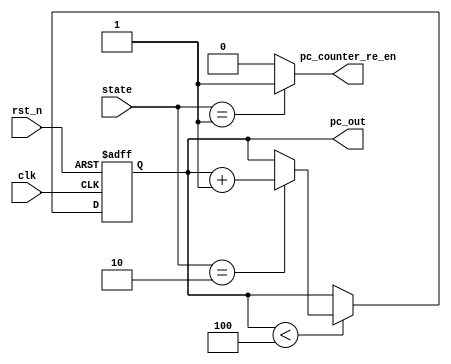
module program_counter #(parameter MAX_COUNT = 4, parameter INCREMENT_FSM = 2, parameter RE_EN_FSM = 1) (
  input        clk,
  input        rst_n,
  input  [1:0] state,
  output wire  pc_counter_re_en,
  output wire [6:0] pc_out);

  reg [6:0]  pc_counter_addr;

  always@(posedge clk or negedge rst_n) begin : pc_counter_control
    if(rst_n == 1'b0) begin
      pc_counter_addr <= 7'b0;
    end else begin : normal_logic
      if(pc_counter_addr < MAX_COUNT) begin
        if(state == INCREMENT_FSM) begin
          pc_counter_addr <= pc_counter_addr + 1'b1;
        end
      end else begin
        pc_counter_addr <= pc_counter_addr;
      end
    end
  end // block: pc_counter_control
  assign pc_counter_re_en = (state == RE_EN_FSM) ? 1'b1 : 1'b0;
  assign pc_out = pc_counter_addr;
endmodule